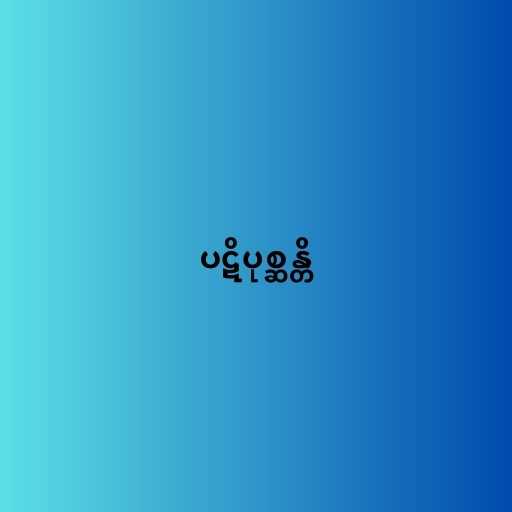
ပဋိပုစ္ဆန္တိ